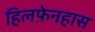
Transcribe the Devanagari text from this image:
हिलफ़ेनहास